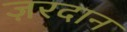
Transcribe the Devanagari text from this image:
ज़रदान